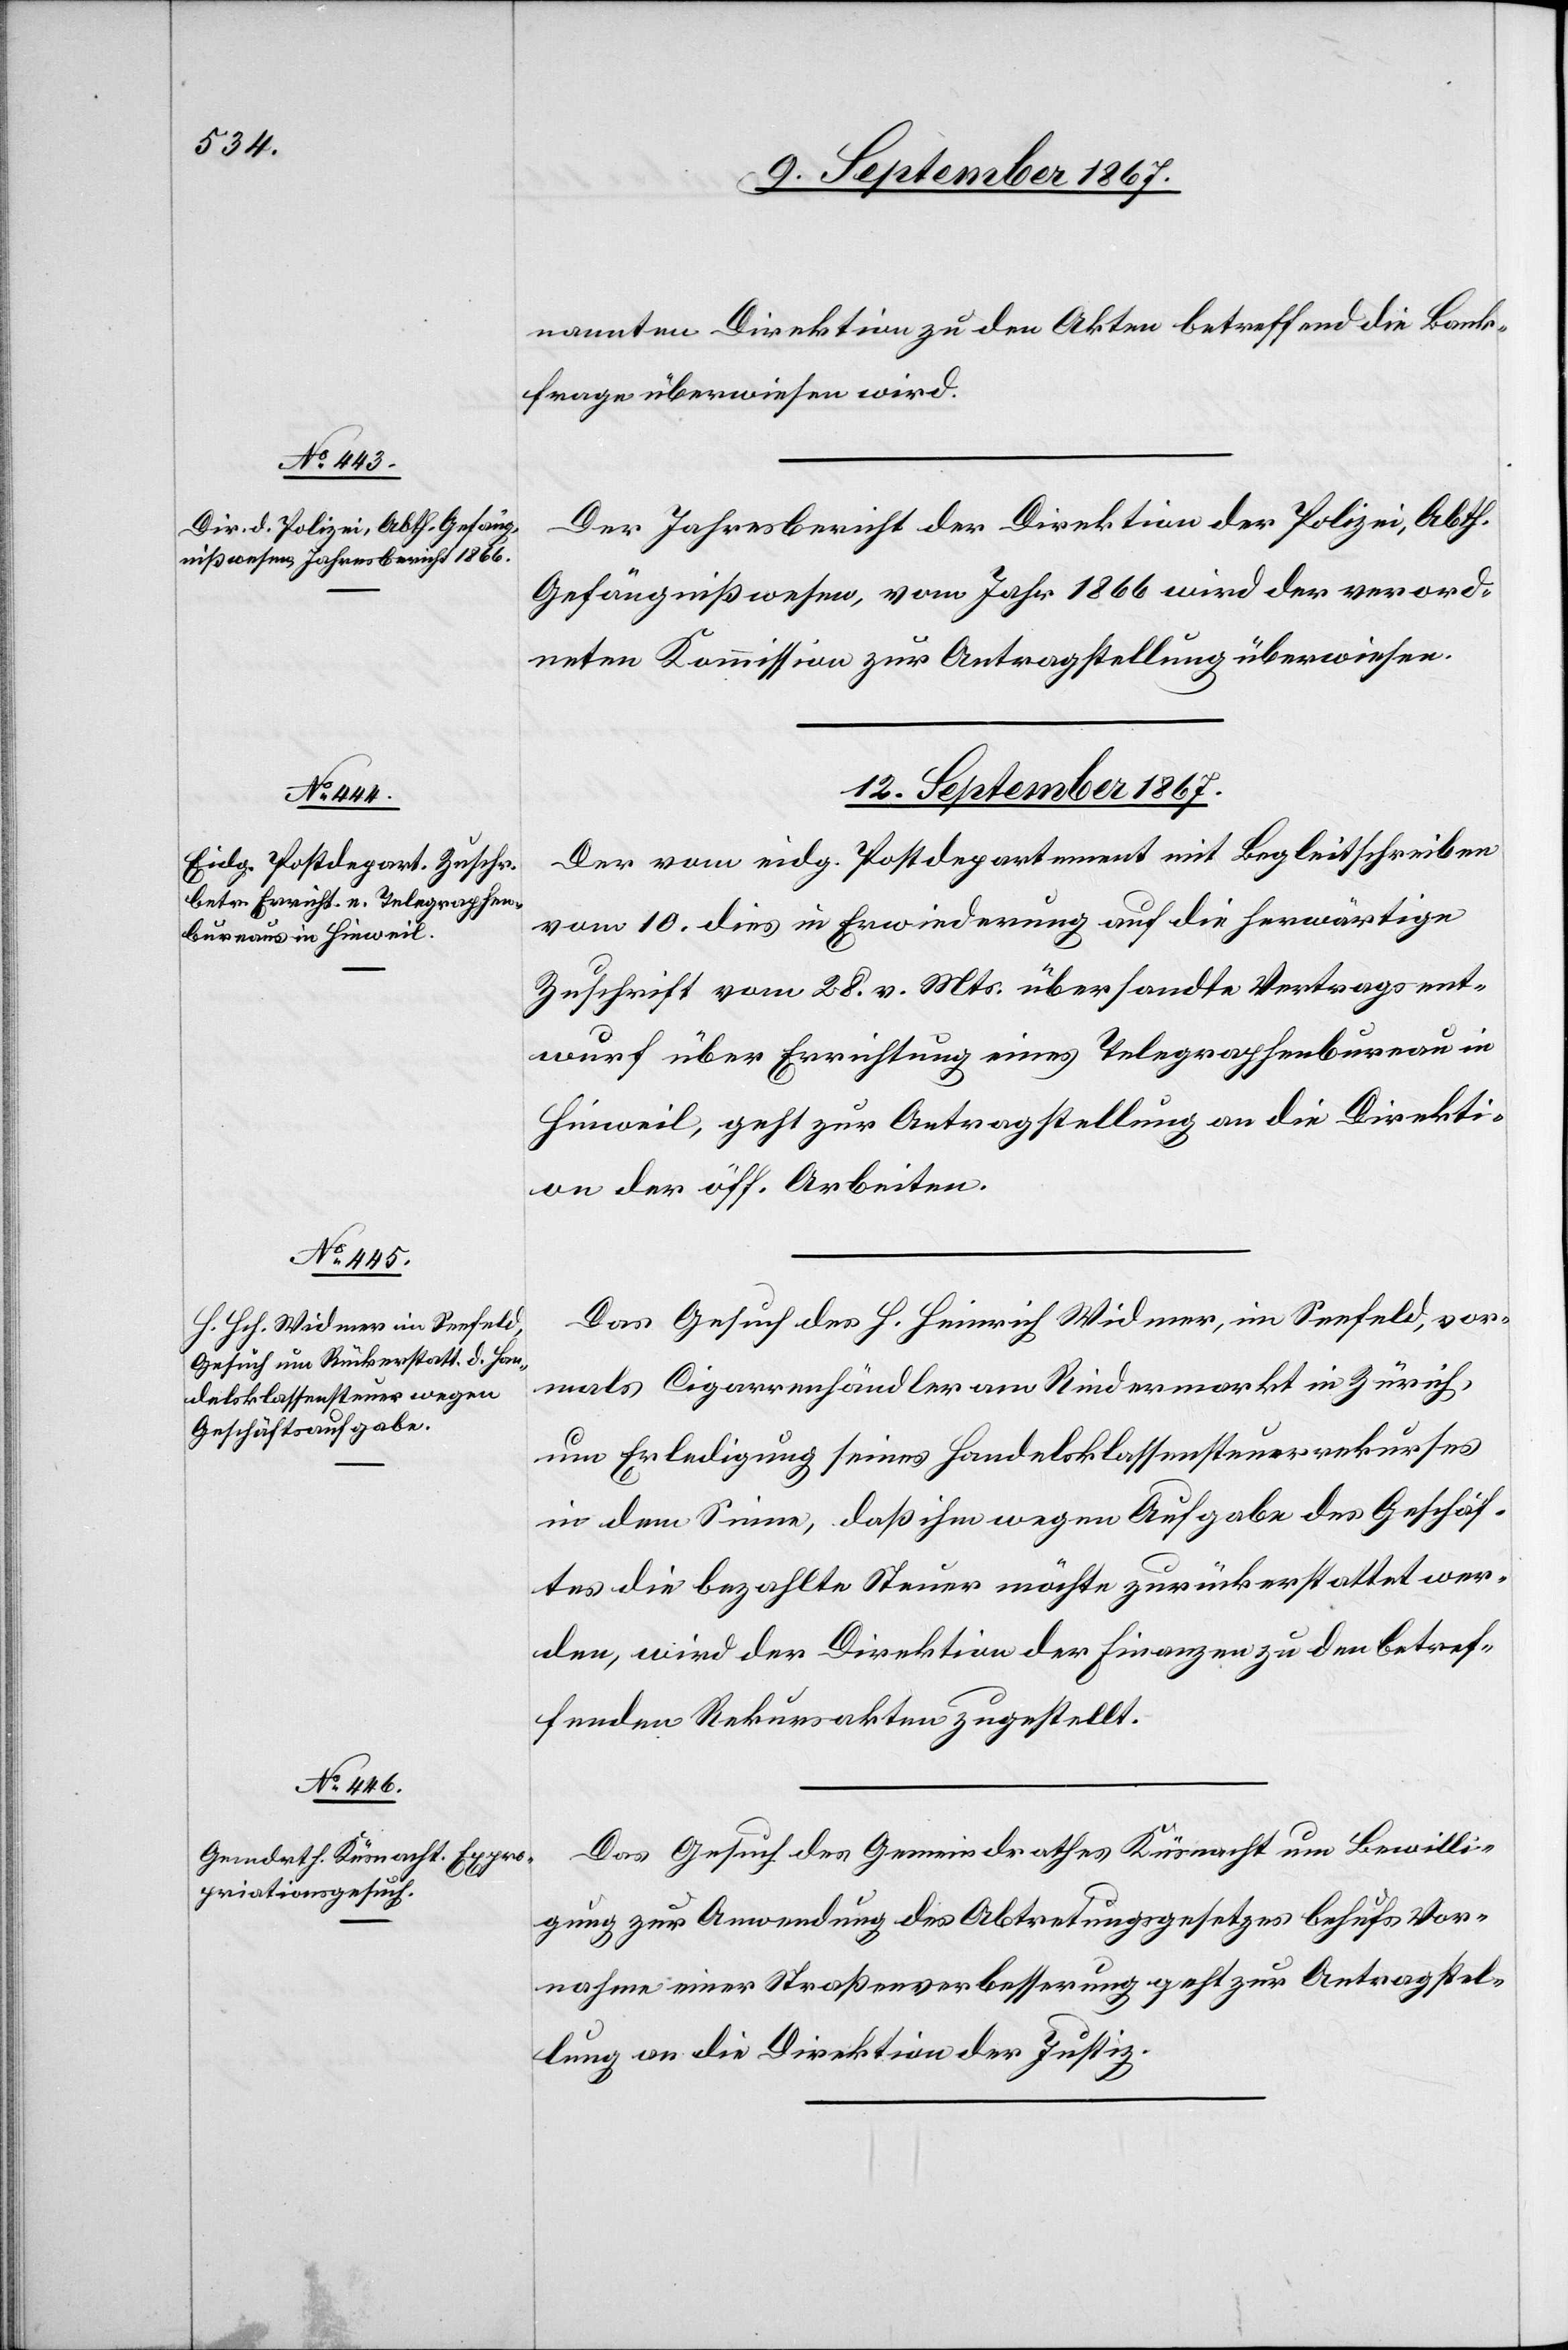
nannten Direktion zu den Akten betreffend die Bank¬
frage überwiesen werden.
Der Jahresbericht der Direktion der Polizei, Abth.
Gefängnißwesen, vom Jahr 1866 wird der verord¬
neten Kommission zur Antragstellung überwiesen.
12. September 1867.]
Der vom eidg. Postdepartement mit Begleitschreiben
vom 10. dies in Erwiederung auf die herwärtige
Zuschrift vom 28. v. Mts. übersandte Vertragsent¬
wurf über Errichtung eines Telegraphenbureau in
Hinweil, geht zur Antragstellung an die Direkti¬
on der öff. Arbeiten.
Das Gesuch des H. Heinrich Widmer, im Seefeld, vor¬
mals Cigarrenhändler am Rindermarkt in Zürich,
um Erledigung seines Handelsklassensteuerrekurses
in dem Sinne, daß ihm wegen Aufgabe des Geschäf¬
tes die bezahlte Steuer möchte zurückerstattet wer¬
den, wird der Direktion der Finanzen zu den betref¬
fenden Rekursakten zugestellt.
Das Gesuch des Gemeindrathes Küsnacht um Bewilli¬
gung zur Anwendung des Abtretungsgesetzes behufs Vor¬
nahme einer Straßenverbesserung geht zur Antragstel¬
lung an die Direktion der Justiz.